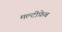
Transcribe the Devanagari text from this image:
मल्टीफ़ेब